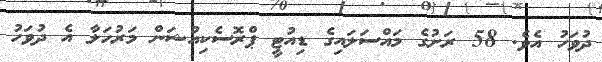
ދުވަހު އެވެ. 58 ރަށުގެ މައްސަލައިގެ ޑިއުޓީ ޕްރޮސެކިއުޝަން މަރުހަލާ އެ ދުވަހު